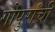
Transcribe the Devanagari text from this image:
गोपुरांची